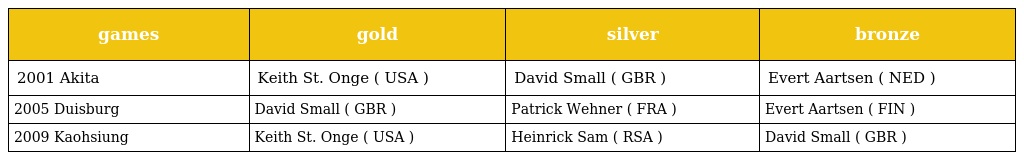
| games | gold | silver | bronze |
 | --- | --- | --- | --- |
 | 2001 Akita | Keith St. Onge ( USA ) | David Small ( GBR ) | Evert Aartsen ( NED ) |
 | 2005 Duisburg | David Small ( GBR ) | Patrick Wehner ( FRA ) | Evert Aartsen ( FIN ) |
 | 2009 Kaohsiung | Keith St. Onge ( USA ) | Heinrick Sam ( RSA ) | David Small ( GBR ) |